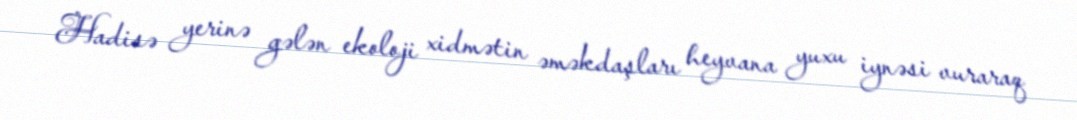
Hadisə yerinə gələn ekoloji xidmətin əməkdaşları heyvana yuxu iynəsi vuraraq